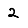
Digit: 2